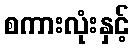
စကားလုံးနှင့်